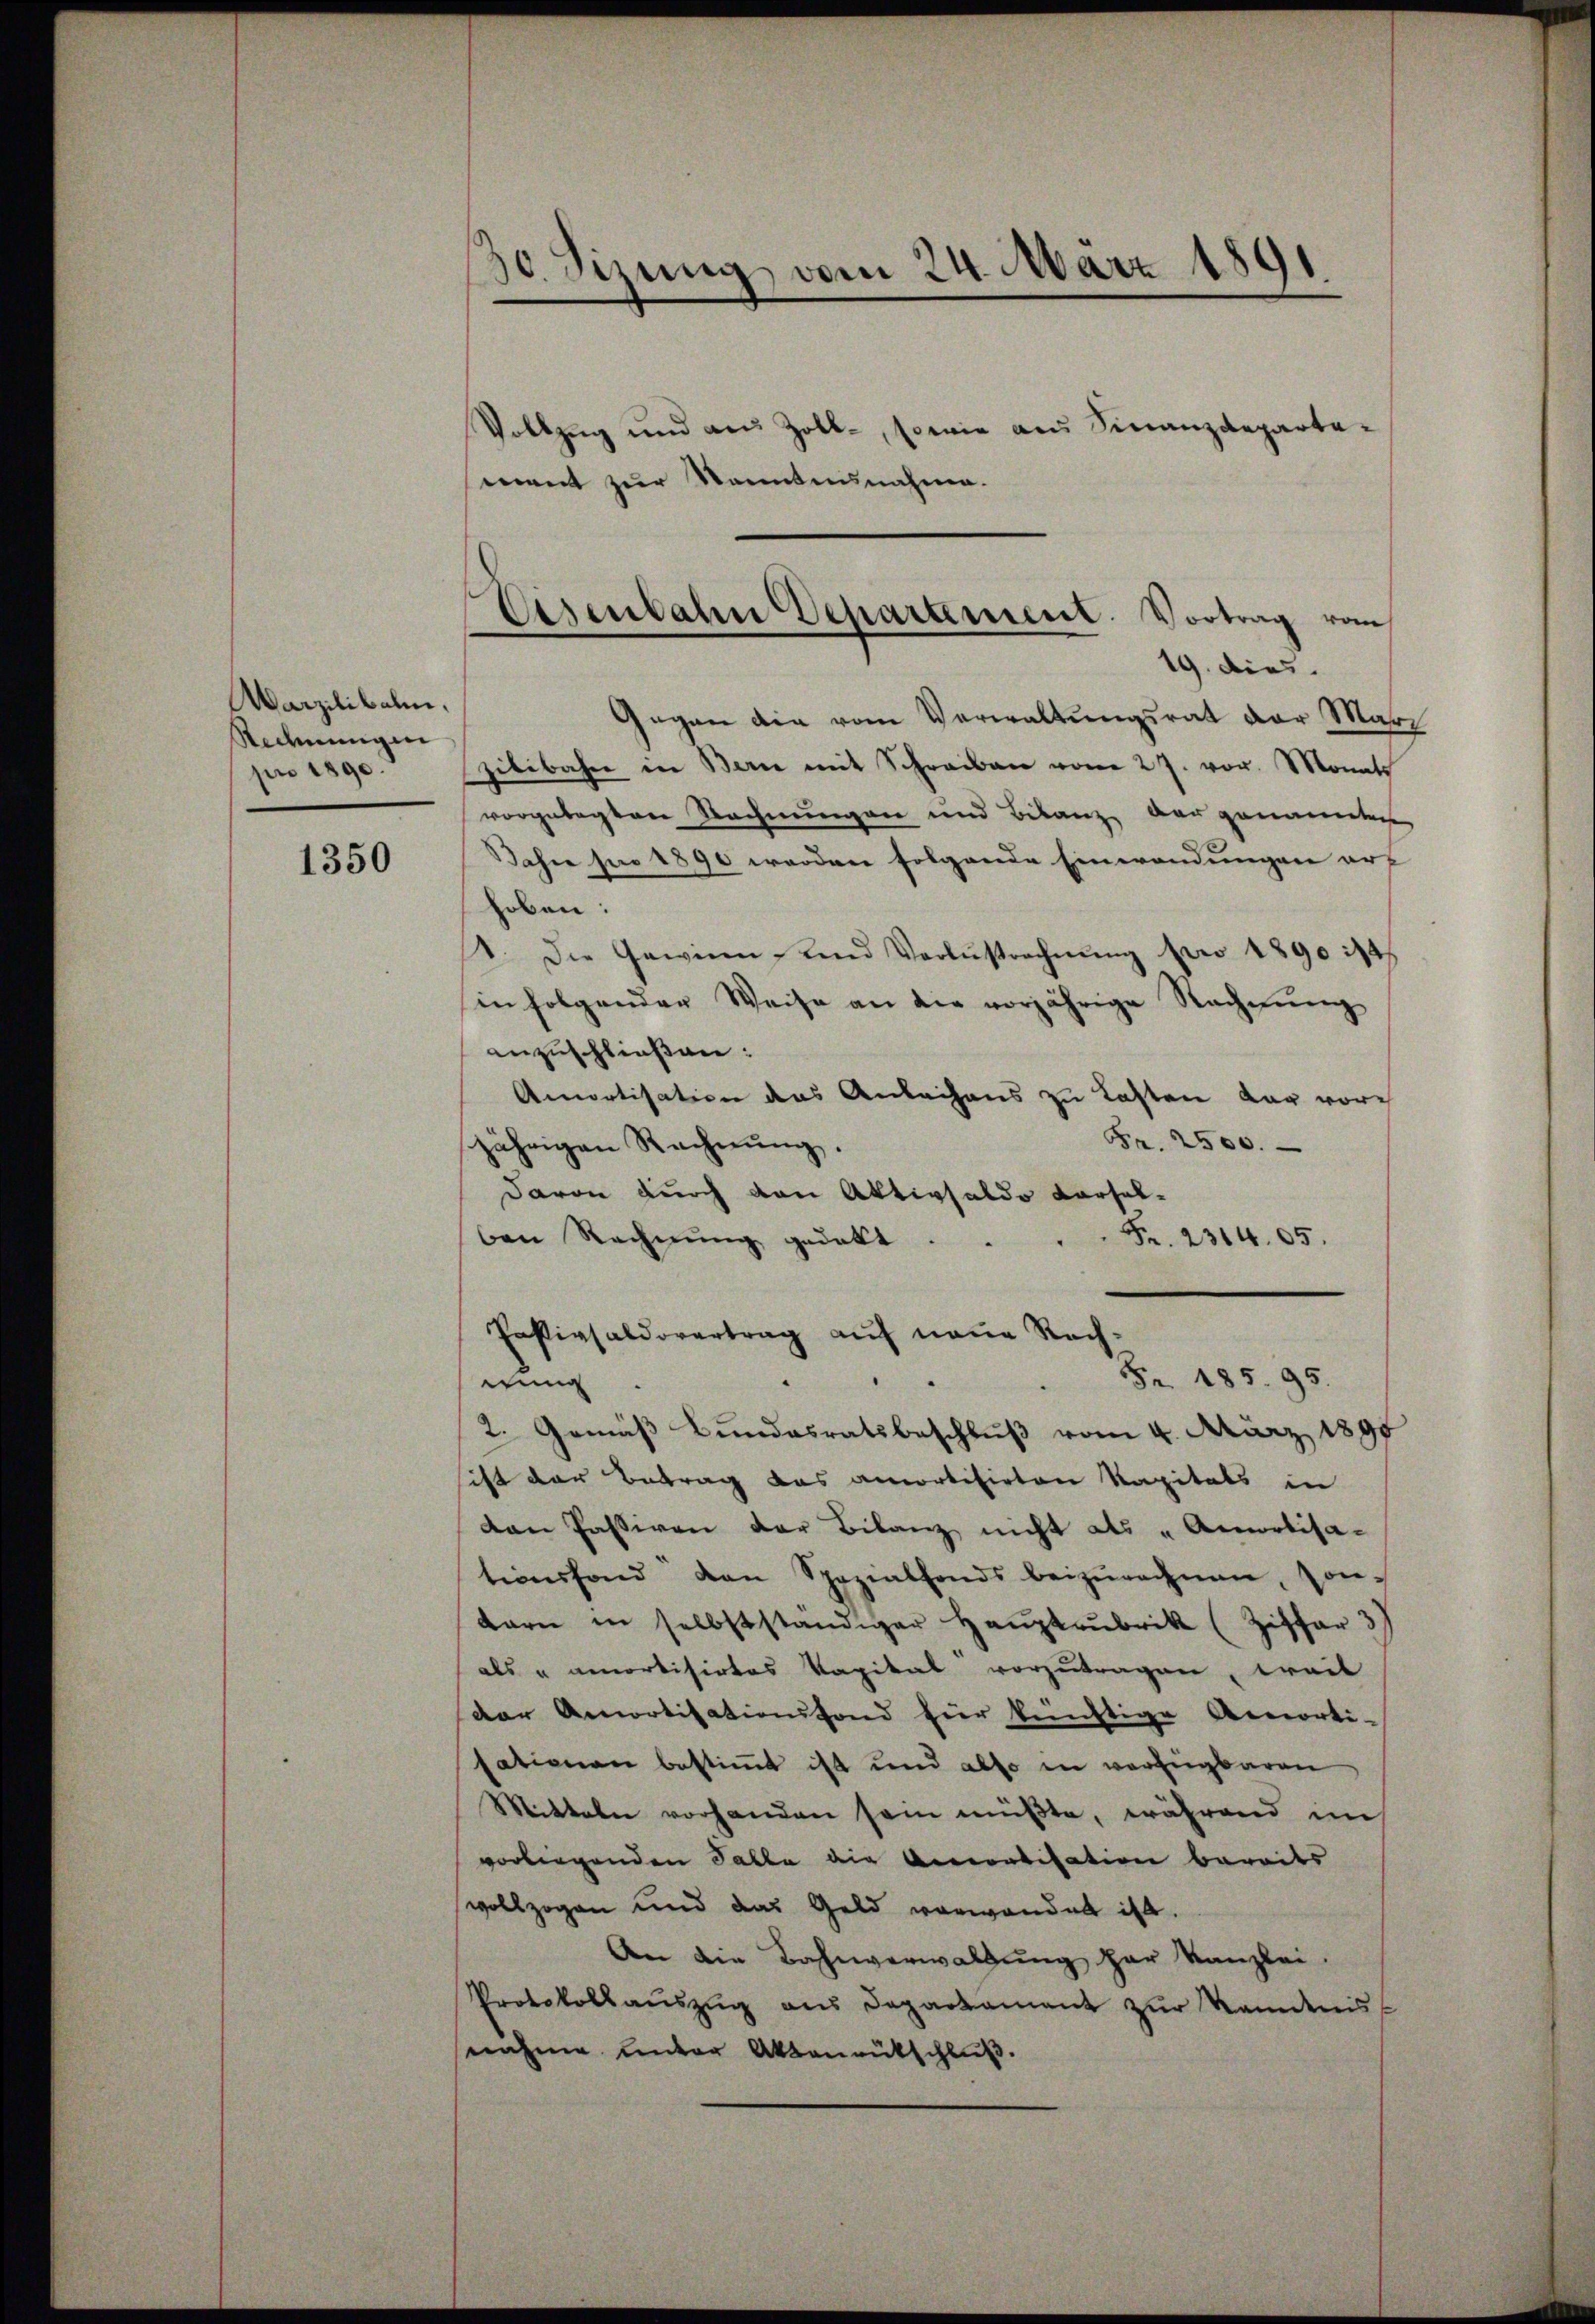
Marzilibale,
Rechnungen
pr 1890.

1350

30. Sizung vom 24. März 1891

Vollzug und aus Zoll-, sowie aus Finanzdeparta-
ment zur Sonntensnahme.

Gegen die vom Verwaltungsrat der Mari
gibibahre in Bern mit Schreiben vom 27. vor. Monats
vorgelegten Rechnungen und Bilanz der genannten
Dahn pro 1890 werden folgende Einwendungen auf
hoben.
. Die Gewinn und Verlustrechnŭng pro 1890 214
in folgender Weise an die vorjährige Rechnŭng
anzuschließen:
Amortisation das Anleihens zu Lasten dar vor
Fr. 2500.
jährigen Rechnŭng.
davon durch von Aktivsaldo Karsal-
Fr. 231405.
ben Rechnung gedekt.
.
Passivsaldovertrag auf neue Rech¬
Fr. 185. 95.
dung
2. Gemäß Bundesratsbeschluß vom 4. März 1891
sift der Betrag das amortisirten Kapitals in
dan Passiven der Bilanz nicht als „Annelisa-
tionsfond den Spezialfonds beizŭrechnen, son-
barn in selbstständiger Hauptaubrik (Ziffer 3
als u amortisirtes Kapital vorzutragen, weil
dar Amortisationsfond für künftige Amorti-
sationen bestimmt ist und also in verfügbaren
Mitteln vorhanden sein müßte, während im
vorliegenden Palla die Beratisation bereits
vollzogen und das Geld vorwandet ist.
An die Bahnverwaltŭng har Kanzlei.
Protokollaŭszŭg ans Departament zŭr Kenntnis-
nahme unter Aktenrütschluß.

Eisenbahn Deparament. Vortrag von
19. dies